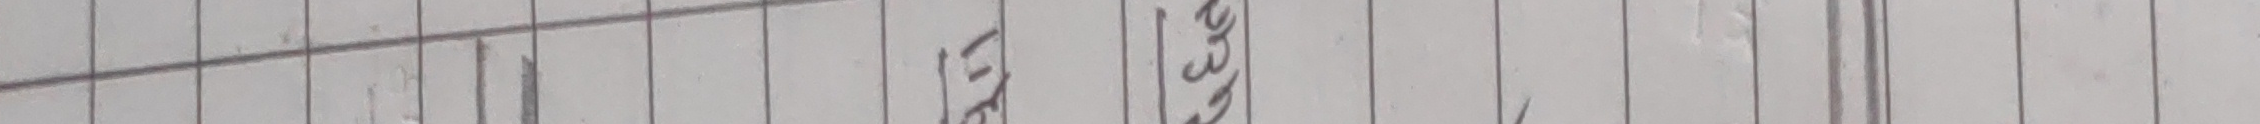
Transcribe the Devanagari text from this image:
ऊर